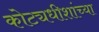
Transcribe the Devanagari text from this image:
कोट्यधीशांच्या